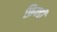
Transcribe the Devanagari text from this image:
फ़िक्ही